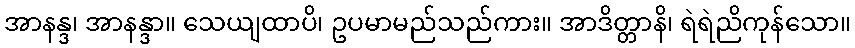
အာနန္ဒ၊ အာနန္ဒာ။ သေယျထာပိ၊ ဥပမာမည်သည်ကား။ အာဒိတ္တာနိ၊ ရဲရဲညိကုန်သော။